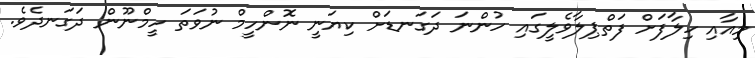
މިއާއި ހިލާފަށް ފަތްޕިލާވެލީގައި ހުންނަ ދަގަނޑަށް ކިޔަނީ ނޮންހީމް ނުވަތަ ހީމްނޫން ދަގަނދެވެ.